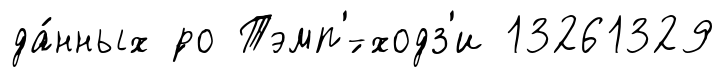
да́нных ́ро Тэмп'́-ходз'и 13261329